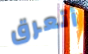
أتعرق